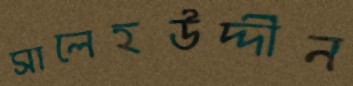
সালেহউদ্দীন